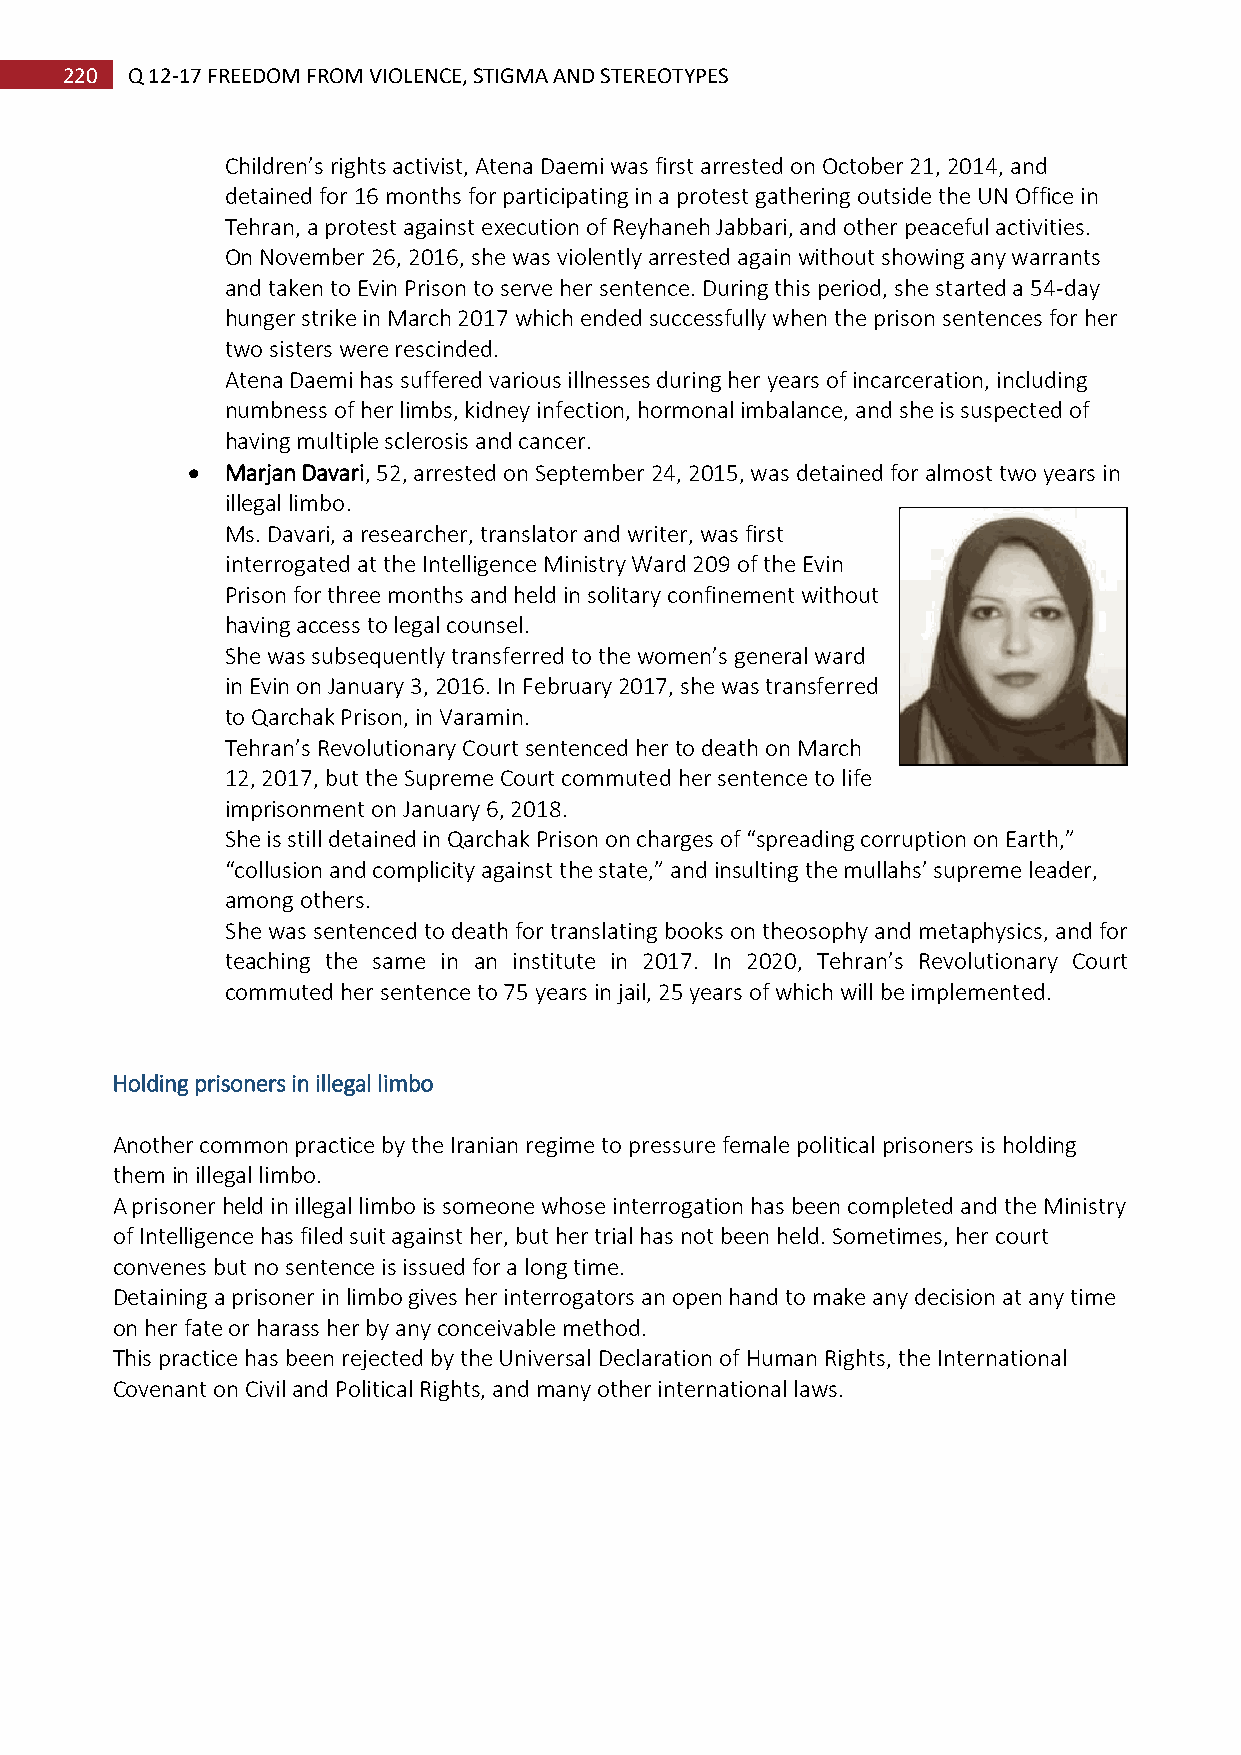
220 Q 12-17 FREEDOM FROM VIOLENCE, STIGMA AND STEREOTYPES
 Children’s rights activist, Atena Daemi was first arrested on October 21, 2014, and
 detained for 16 months for participating in a protest gathering outside the UN Office in
 Tehran, a protest against execution of Reyhaneh Jabbari, and other peaceful activities.
 On November 26, 2016, she was violently arrested again without showing any warrants
 and taken to Evin Prison to serve her sentence. During this period, she started a 54-day
 hunger strike in March 2017 which ended successfully when the prison sentences for her
 two sisters were rescinded.
 Atena Daemi has suffered various illnesses during her years of incarceration, including
 numbness of her limbs, kidney infection, hormonal imbalance, and she is suspected of
 having multiple sclerosis and cancer.
   Marjan Davari, 52, arrested on September 24, 2015, was detained for almost two years in
 illegal limbo.
 Ms. Davari, a researcher, translator and writer, was first
 interrogated at the Intelligence Ministry Ward 209 of the Evin
 Prison for three months and held in solitary confinement without
 having access to legal counsel.
 She was subsequently transferred to the women’s general ward
 in Evin on January 3, 2016. In February 2017, she was transferred
 to Qarchak Prison, in Varamin.
 Tehran’s Revolutionary Court sentenced her to death on March
 12, 2017, but the Supreme Court commuted her sentence to life
 imprisonment on January 6, 2018.
 She is still detained in Qarchak Prison on charges of “spreading corruption on Earth,”
 “collusion and complicity against the state,” and insulting the mullahs’ supreme leader,
 among others.
 She was sentenced to death for translating books on theosophy and metaphysics, and for
 teaching the same in an institute in 2017. In 2020, Tehran’s Revolutionary Court
 commuted her sentence to 75 years in jail, 25 years of which will be implemented.
 Holding prisoners in illegal limbo
 Another common practice by the Iranian regime to pressure female political prisoners is holding
 them in illegal limbo.
 A prisoner held in illegal limbo is someone whose interrogation has been completed and the Ministry
 of Intelligence has filed suit against her, but her trial has not been held. Sometimes, her court
 convenes but no sentence is issued for a long time.
 Detaining a prisoner in limbo gives her interrogators an open hand to make any decision at any time
 on her fate or harass her by any conceivable method.
 This practice has been rejected by the Universal Declaration of Human Rights, the International
 Covenant on Civil and Political Rights, and many other international laws.